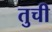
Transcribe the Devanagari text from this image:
तुची